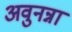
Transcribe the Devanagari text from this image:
अवुनन्ना